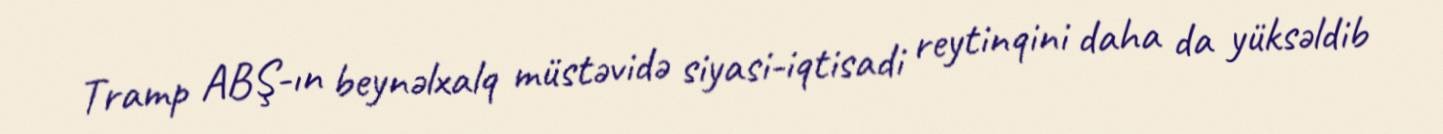
Tramp ABŞ-ın beynəlxalq müstəvidə siyasi-iqtisadi reytinqini daha da yüksəldib